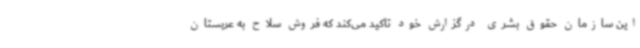
این سازمان حقوق بشری درگزارش خود تاکید می‌کند که فروش سلاح به عربستان